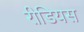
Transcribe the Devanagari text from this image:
रीडियस